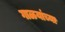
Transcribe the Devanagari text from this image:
गाळयांच्या